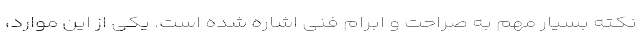
نکته بسیار مهم به صراحت و ابرام فنی اشاره شده است. یکی از این موارد،